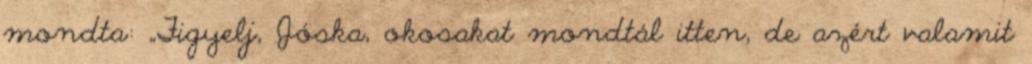
mondta: „Figyelj, Jóska, okosakat mondtál itten, de azért valamit